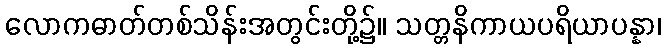
လောကဓာတ်တစ်သိန်းအတွင်းတို့၌။ သတ္တနိကာယပရိယာပန္နာ၊